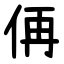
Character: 侢